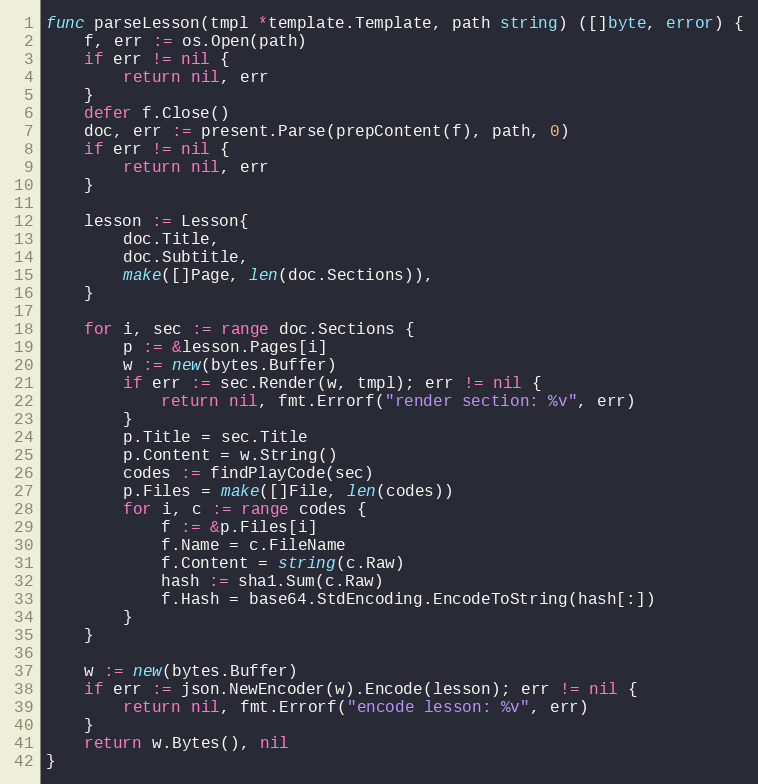
Language: Go
func parseLesson(tmpl *template.Template, path string) ([]byte, error) {
	f, err := os.Open(path)
	if err != nil {
		return nil, err
	}
	defer f.Close()
	doc, err := present.Parse(prepContent(f), path, 0)
	if err != nil {
		return nil, err
	}

	lesson := Lesson{
		doc.Title,
		doc.Subtitle,
		make([]Page, len(doc.Sections)),
	}

	for i, sec := range doc.Sections {
		p := &lesson.Pages[i]
		w := new(bytes.Buffer)
		if err := sec.Render(w, tmpl); err != nil {
			return nil, fmt.Errorf("render section: %v", err)
		}
		p.Title = sec.Title
		p.Content = w.String()
		codes := findPlayCode(sec)
		p.Files = make([]File, len(codes))
		for i, c := range codes {
			f := &p.Files[i]
			f.Name = c.FileName
			f.Content = string(c.Raw)
			hash := sha1.Sum(c.Raw)
			f.Hash = base64.StdEncoding.EncodeToString(hash[:])
		}
	}

	w := new(bytes.Buffer)
	if err := json.NewEncoder(w).Encode(lesson); err != nil {
		return nil, fmt.Errorf("encode lesson: %v", err)
	}
	return w.Bytes(), nil
}